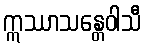
ဣဿာသန္တေဝါသီ